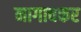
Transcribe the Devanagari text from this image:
नागावकर